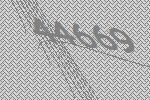
44669